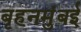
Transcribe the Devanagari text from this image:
बृहनमुंबई